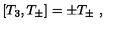
[ T _ { 3 } , T _ { \pm } ] = \pm T _ { \pm } \ ,